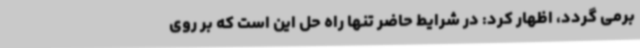
برمی گردد، اظهار کرد: در شرایط حاضر تنها راه حل این است که بر روی